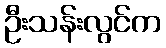
ဦးသန်းလွင်က